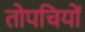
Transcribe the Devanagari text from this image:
तोपचियों